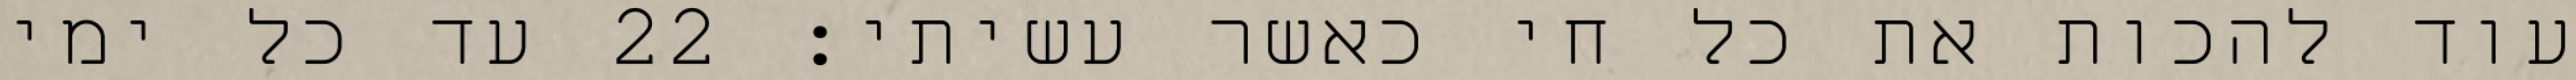
עוד להכות את כל חי כאשר עשיתי׃ ‎22‏ עד כל ימי